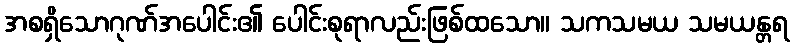
အစရှိသောဂုဏ်အပေါင်း၏ ပေါင်းစုရာလည်းဖြစ်ထသော။ သကသမယ သမယန္တရ